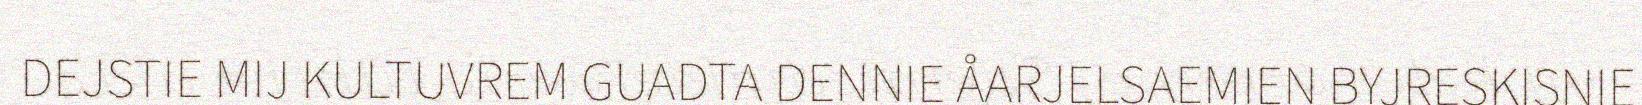
DEJSTIE MIJ KULTUVREM GUADTA DENNIE ÅARJELSAEMIEN BYJRESKISNIE